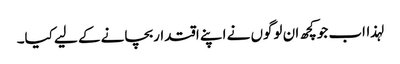
لہذااب جوکچھ ان لوگوں نے اپنے اقتداربچانے کے لیے کیا۔